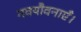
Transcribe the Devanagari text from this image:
नवयौवनाएँ।